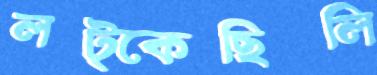
লট্‌কেছিলি